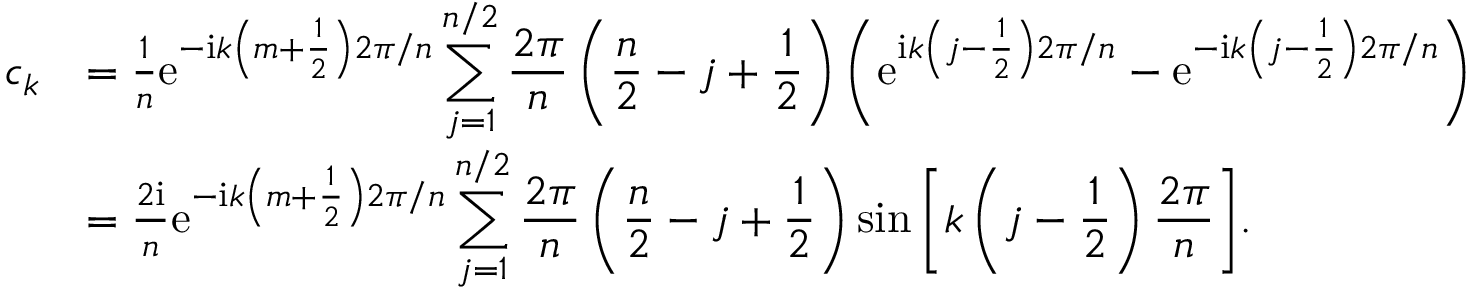
\begin{array} { r l } { c _ { k } } & { = \frac { 1 } { n } \mathrm { e } ^ { - \mathrm { i } k \left( m + \frac { 1 } { 2 } \right) 2 \pi / n } \displaystyle \sum _ { j = 1 } ^ { n / 2 } \frac { 2 \pi } { n } \left( \frac { n } { 2 } - j + \frac { 1 } { 2 } \right) \left( \mathrm { e } ^ { \mathrm { i } k \left( j - \frac { 1 } { 2 } \right) 2 \pi / n } - \mathrm { e } ^ { - \mathrm { i } k \left( j - \frac { 1 } { 2 } \right) 2 \pi / n } \right) } \\ & { = \frac { 2 \mathrm { i } } { n } \mathrm { e } ^ { - \mathrm { i } k \left( m + \frac { 1 } { 2 } \right) 2 \pi / n } \displaystyle \sum _ { j = 1 } ^ { n / 2 } \frac { 2 \pi } { n } \left( \frac { n } { 2 } - j + \frac { 1 } { 2 } \right) \sin { \left[ k \left( j - \frac { 1 } { 2 } \right) \frac { 2 \pi } { n } \right] } . } \end{array}